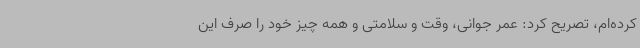
کرده‌ام، تصریح کرد: عمر جوانی، وقت و سلامتی و همه چیز خود را صرف این